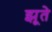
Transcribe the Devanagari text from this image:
झूते